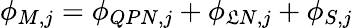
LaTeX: \phi_{M,j}=\phi_{QPN,j}+\phi_{\mathfrak{L}N,j}+\phi_{S,j}